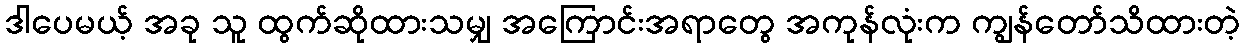
ဒါပေမယ့် အခု သူ ထွက်ဆိုထားသမျှ အကြောင်းအရာတွေ အကုန်လုံးက ကျွန်တော်သိထားတဲ့